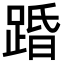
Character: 𮛨